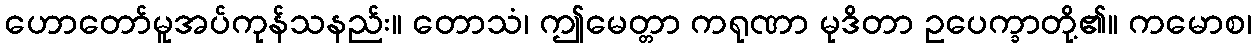
ဟောတော်မူအပ်ကုန်သနည်း။ တောသံ၊ ဤမေတ္တာ ကရုဏာ မုဒိတာ ဥပေက္ခာတို့၏။ ကမောစ၊